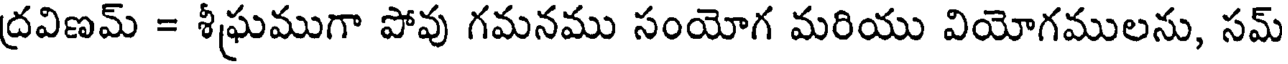
ద్రవిణమ్ = శీఘ్రముగా పోవు గమనము సంయోగ మరియు వియోగములను, సమ్